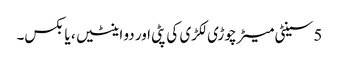
5 سینٹی میٹر چوڑی لکڑی کی پٹی اور دو اینٹیں ، یا بکس۔